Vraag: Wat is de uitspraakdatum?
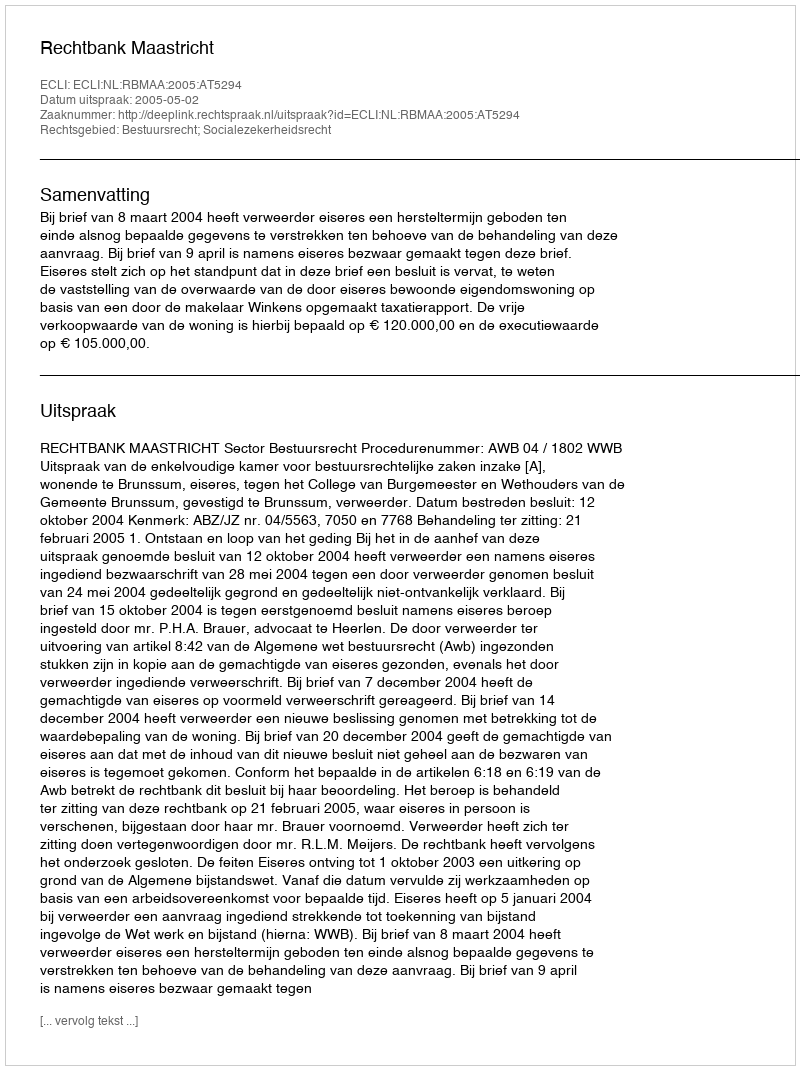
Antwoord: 2005-05-02